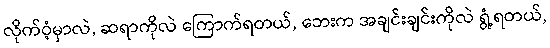
လိုက်ဝံ့မှာလဲ, ဆရာကိုလဲ ကြောက်ရတယ်, ဘေးက အချင်းချင်းကိုလဲ ရွံ့ရတယ်,